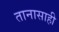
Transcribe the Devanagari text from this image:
तानासाही